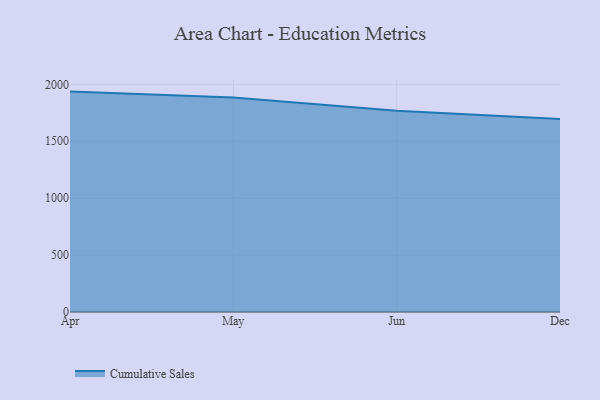
{"axis": {"x": "Month", "y": "Headcount"}, "legend": ["Cumulative Sales"], "data": [{"x": "Apr", "y": 1936.0, "type": "Cumulative Sales"}, {"x": "May", "y": 1883.6, "type": "Cumulative Sales"}, {"x": "Jun", "y": 1768.8, "type": "Cumulative Sales"}, {"x": "Dec", "y": 1694.3, "type": "Cumulative Sales"}]}